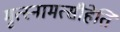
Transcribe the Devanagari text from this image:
मृत्स्नामत्सीहेति